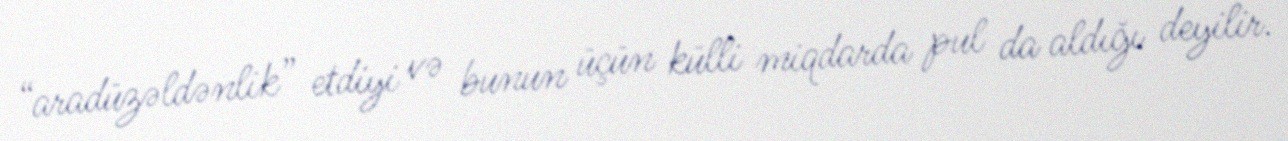
“aradüzəldənlik” etdiyi və bunun üçün külli miqdarda pul da aldığı deyilir.